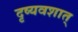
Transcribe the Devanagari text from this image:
दृष्यवशात्